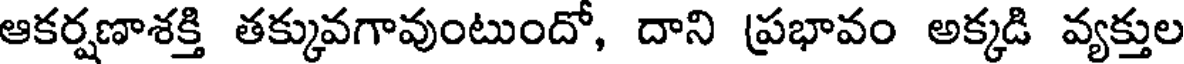
ఆకర్షణాశక్తి తక్కువగావుంటుందో, దాని ప్రభావం అక్కడి వ్యక్తుల